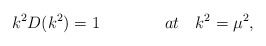
\begin{align*}k^2 D(k^2) = 1 \qquad \qquad at \quad k^2 = {\mu}^2,\end{align*}